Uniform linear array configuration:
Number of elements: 24
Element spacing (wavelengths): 0.25
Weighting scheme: blackman
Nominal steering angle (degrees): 60
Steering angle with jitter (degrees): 61.608
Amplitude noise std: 0.05
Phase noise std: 0.05

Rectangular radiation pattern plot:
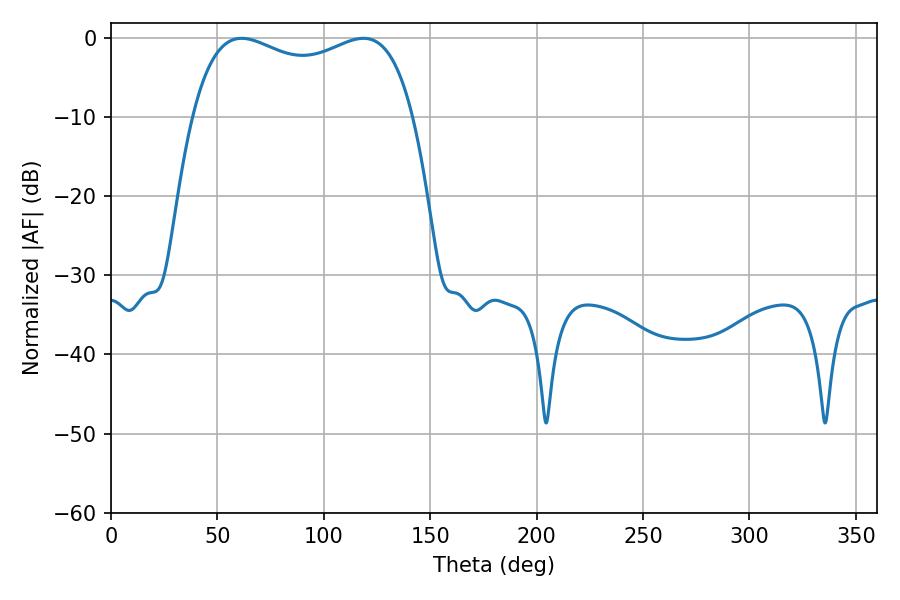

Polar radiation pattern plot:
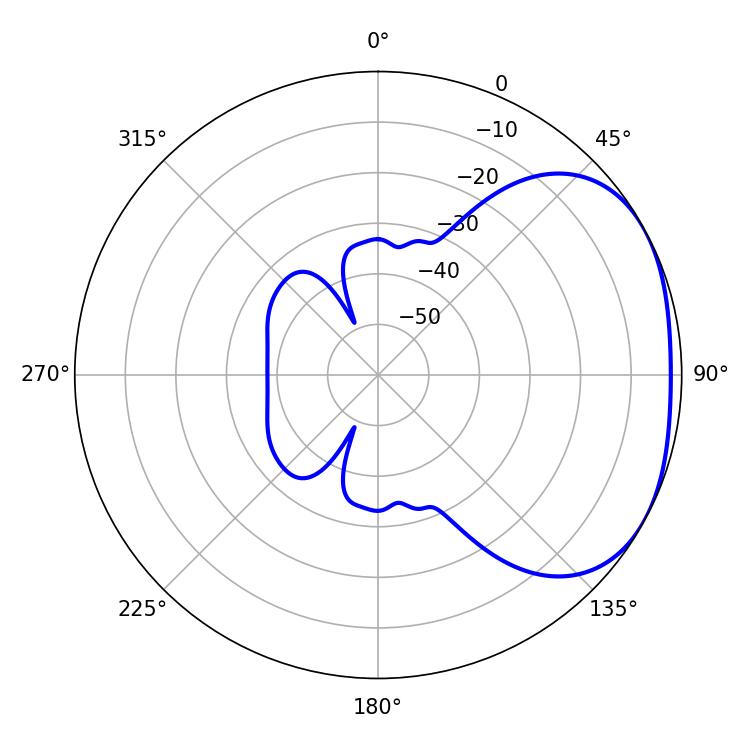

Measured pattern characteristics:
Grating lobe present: FALSE
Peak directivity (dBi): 2.429
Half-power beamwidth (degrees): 85.32
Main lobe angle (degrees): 61.38